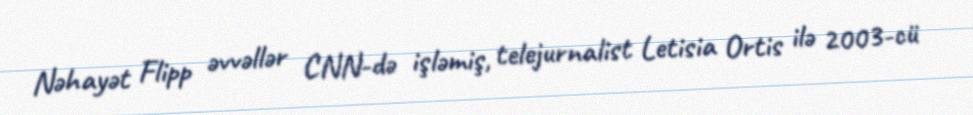
Nəhayət Flipp əvvəllər CNN-də işləmiş, telejurnalist Letisia Ortis ilə 2003-cü